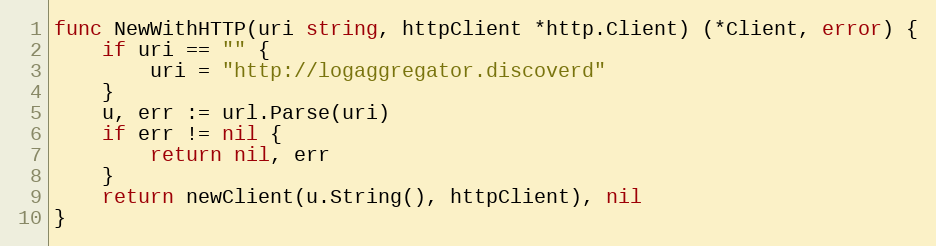
Language: Go
func NewWithHTTP(uri string, httpClient *http.Client) (*Client, error) {
	if uri == "" {
		uri = "http://logaggregator.discoverd"
	}
	u, err := url.Parse(uri)
	if err != nil {
		return nil, err
	}
	return newClient(u.String(), httpClient), nil
}